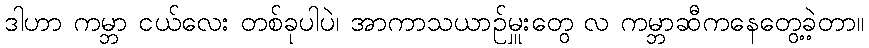
ဒါဟာ ကမ္ဘာ ငယ်လေး တစ်ခုပါပဲ၊ အာကာသယာဉ်မှူးတွေ လ ကမ္ဘာဆီကနေတွေ့ခဲ့တာ။